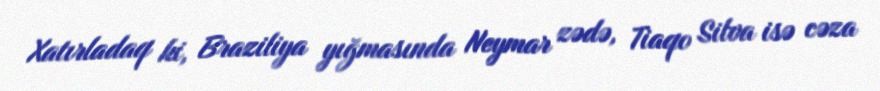
Xatırladaq ki, Braziliya yığmasında Neymar zədə, Tiaqo Silva isə cəza